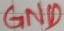
Text: GND